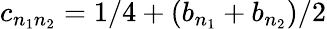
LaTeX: c_{n_{1}n_{2}}=1/4+(b_{n_{1}}+b_{n_{2}})/2